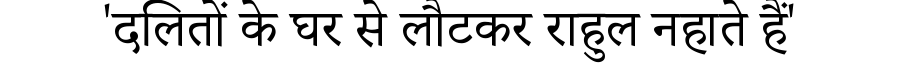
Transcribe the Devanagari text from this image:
'दलितों के घर से लौटकर राहुल नहाते हैं'